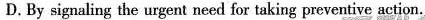
D. By signaling the urgent need for taking preventive aetion.